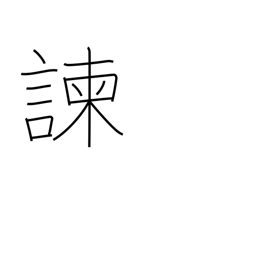
Meaning: dissuade